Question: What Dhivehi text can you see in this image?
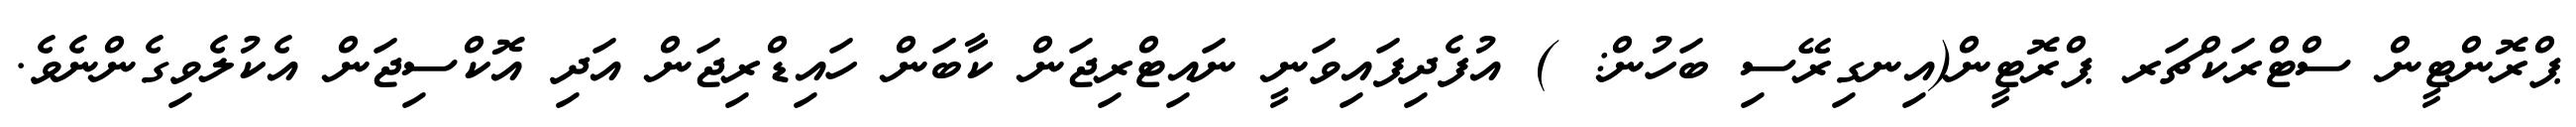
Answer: ޕްރޮންޓީން ސްޓްރަކްޗަރ ޕްރޮޓީން(އިނގިރޭސި ބަހުން: ) އުފެދިފައިވަނީ ނައިޓްރިޖަން ކާބަން ހައިޑްރިޖަން އަދި އޮކްސިޖަން އެކުލެވިގެންނެވެ.